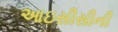
આઇસીસીની